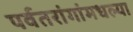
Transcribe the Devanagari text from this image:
पर्वतरांगांमधल्या